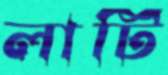
লাটি